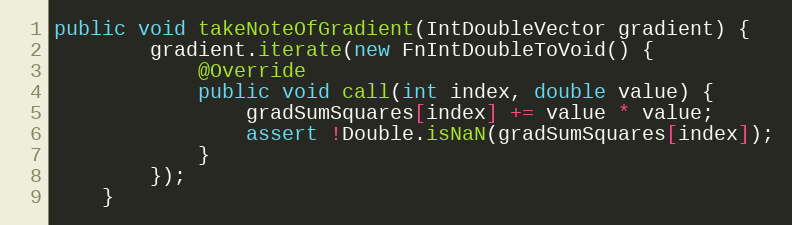
Language: Java
public void takeNoteOfGradient(IntDoubleVector gradient) {
        gradient.iterate(new FnIntDoubleToVoid() {
            @Override
            public void call(int index, double value) {
                gradSumSquares[index] += value * value;
                assert !Double.isNaN(gradSumSquares[index]);
            }
        });
    }